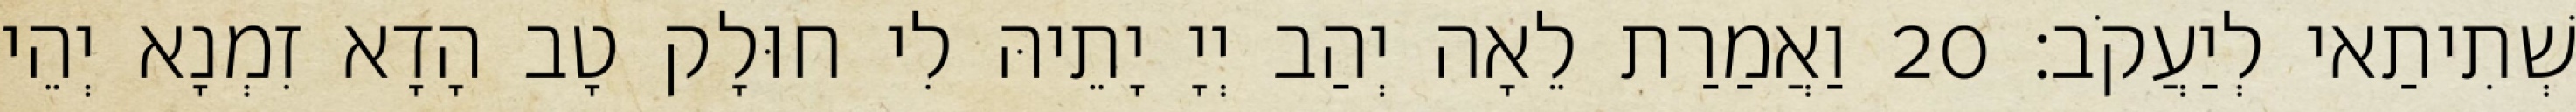
שְׁתִיתַאי לְיַעֲקֹב׃ 20 וַאֲמַרַת לֵאָה יְהַב יְיָ יָתֵיהּ לִי חוּלָק טָב הָדָא זִמְנָא יְהֵי